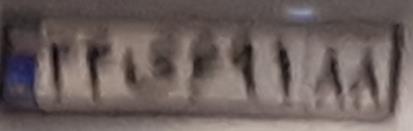
۴۴ی۶۹۱۸۸